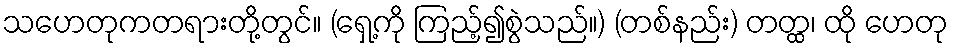
သဟေတုကတရားတို့တွင်။ (ရှေ့ကို ကြည့်၍စွဲသည်။) (တစ်နည်း) တတ္ထ၊ ထို ဟေတု